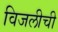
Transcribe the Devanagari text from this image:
विजलीची